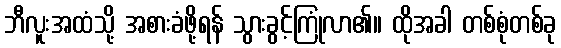
ဘီလူးအထံသို့ အစားခံဖို့ရန် သွားခွင့်ကြုံလာ၏။ ထိုအခါ တစ်စုံတစ်ခု